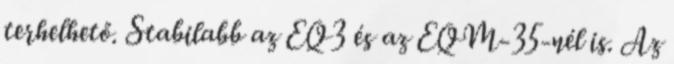
terhelhető. Stabilabb az EQ3 és az EQM-35-nél is. Az